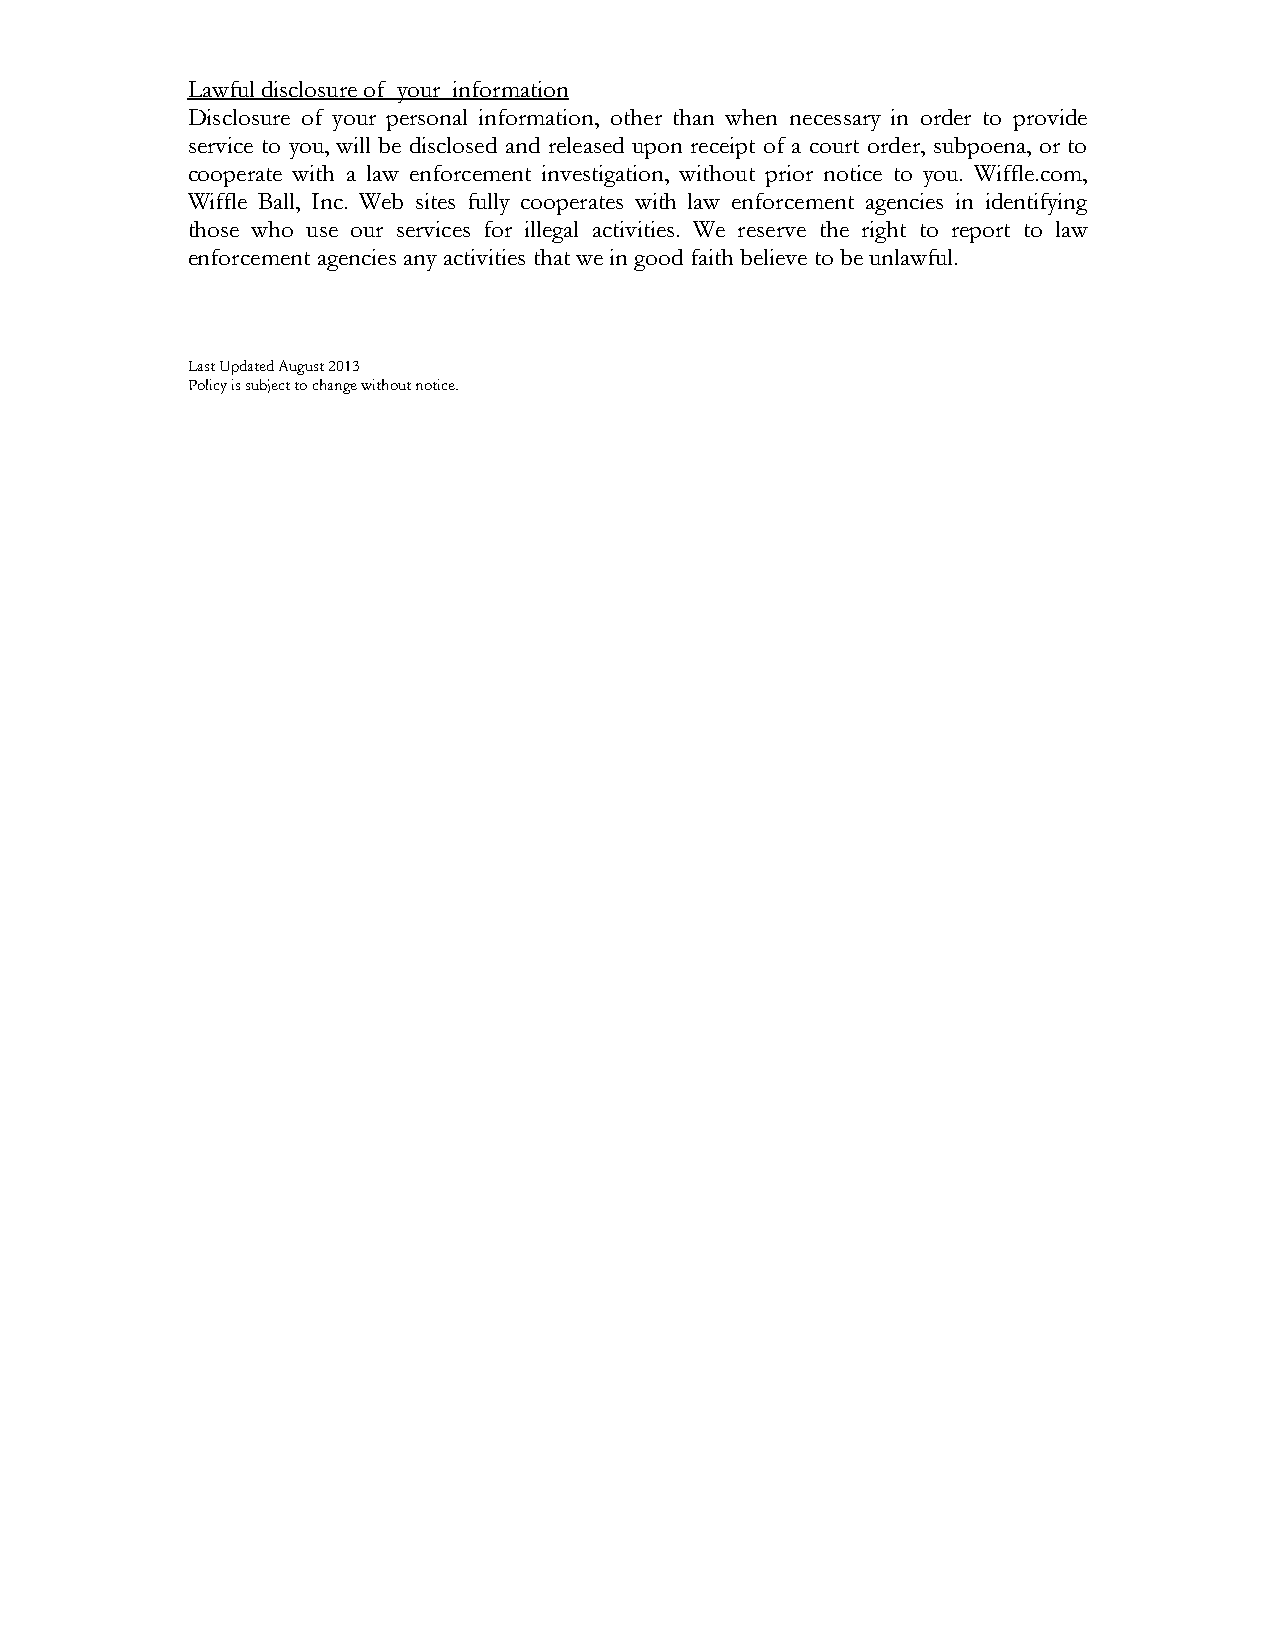
Lawful disclosure of your information
 Disclosure of your personal information, other than when necessary in order to provide
 service to you, will be disclosed and released upon receipt of a court order, subpoena, or to
 cooperate with a law enforcement investigation, without prior notice to you. Wiffle.com,
 Wiffle Ball, Inc. Web sites fully cooperates with law enforcement agencies in identifying
 those who use our services for illegal activities. We reserve the right to report to law
 enforcement agencies any activities that we in good faith believe to be unlawful.
 Last Updated August 2013
 Policy is subject to change without notice.